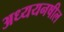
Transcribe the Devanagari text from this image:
अध्ययनषील